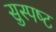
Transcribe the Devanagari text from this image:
सुस्‍पष्‍ट